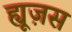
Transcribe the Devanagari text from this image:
ह्यूज़स